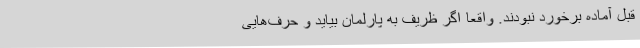
قبل آماده برخورد نبودند. واقعا اگر ظریف به پارلمان بیاید و حرف‌هایی